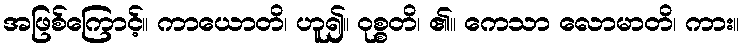
အဖြစ်ကြောင့်။ ကာယောတိ၊ ဟူ၍။ ဝုစ္စတိ၊ ၏။ ကေသာ လောမာတိ၊ ကား။